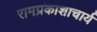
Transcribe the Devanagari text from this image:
रामप्रकाशाचार्य